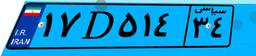
۱۷D۵۱۴۳۴